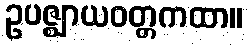
ဥပဇ္ဈာယဝတ္တကထာ။